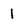
Character: 1